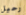
رحيل